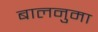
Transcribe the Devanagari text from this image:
बालनुमा